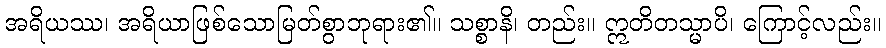
အရိယဿ၊ အရိယာဖြစ်သောမြတ်စွာဘုရား၏။ သစ္စာနိ၊ တည်း။ ဣတိတသ္မာပိ၊ ကြောင့်လည်း။